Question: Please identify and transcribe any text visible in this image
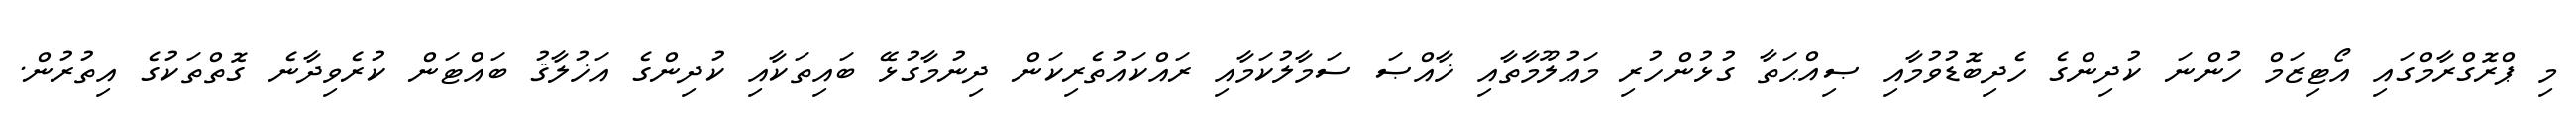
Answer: މި ޕްރޮގްރާމްގައި އޯޓިޒަމް ހުންނަ ކުދިންގެ ހެދިބޮޑުވުމާއި ޞިއްޙަތާ ގުޅުންހުރި މަޢުލޫމާތާއި ޚާއްޞަ ސަމާލުކަމާއި ރައްކައުތެރިކަން ދިނުމާގުޅޭ ބައިތަކާއި ކުދިންގެ އަޚުލާޤު ބައްޓަން ކުރެވިދާނެ ގޮތްތަކުގެ އިތުރުން.